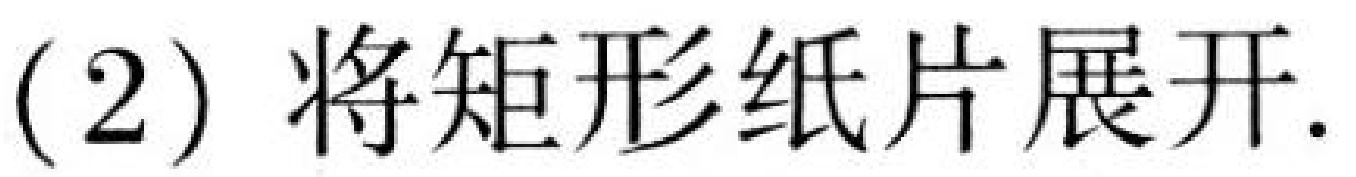
(2) 将矩形纸片展开.